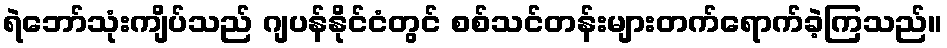
ရဲဘော်သုံးကျိပ်သည် ဂျပန်နိုင်ငံတွင် စစ်သင်တန်းများတက်ရောက်ခဲ့ကြသည်။